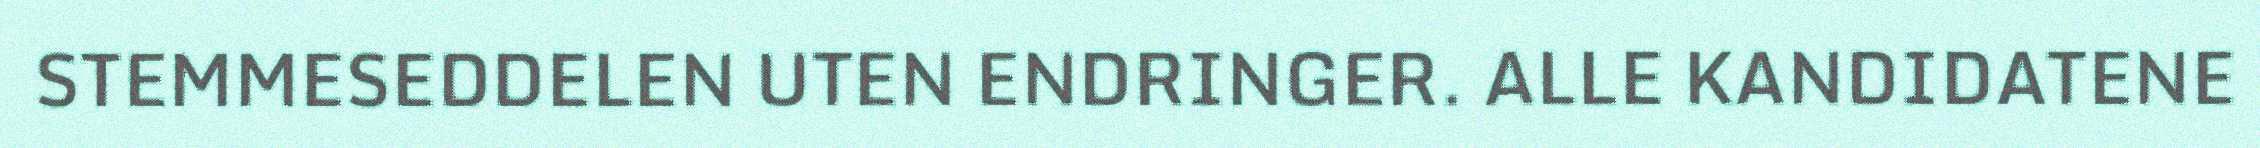
STEMMESEDDELEN UTEN ENDRINGER. ALLE KANDIDATENE